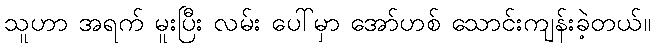
သူဟာ အရက် မူးပြီး လမ်း ပေါ်မှာ အော်ဟစ် သောင်းကျန်းခဲ့တယ်။